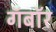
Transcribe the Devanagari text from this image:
गॅबॉर